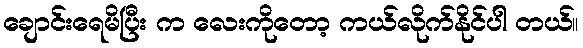
ချောင်းရေမိပြီး က လေးကိုတော့ ကယ်လိုက်နိုင်ပါ တယ်။